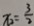
x _ { 2 } = \frac { 3 } { 2 }